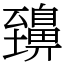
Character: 䶍